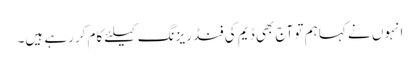
انہوں نے کہا ہم تو آج بھی ڈیم کی فنڈ ریزنگ کیلئے کام کررہے ہیں۔